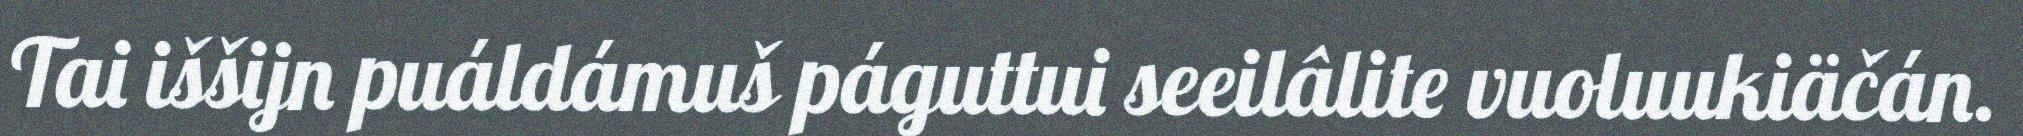
Tai iššijn puáldámuš páguttui seeilâlite vuoluukiäčán.